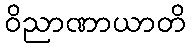
ဝိညာဏာယာတိ